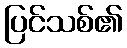
ပြင်သစ်၏